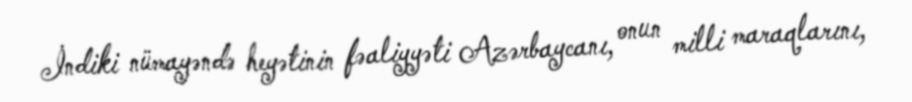
İndiki nümayəndə heyətinin fəaliyyəti Azərbaycanı, onun milli maraqlarını,